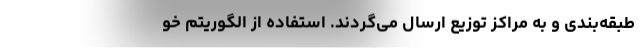
طبقه‌بندی و به مراکز توزیع ارسال می‌گردند. استفاده از الگوریتم خو